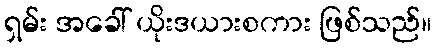
ရှမ်း အခေါ် ယိုးဒယားစကား ဖြစ်သည်။